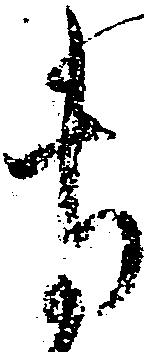
専